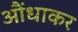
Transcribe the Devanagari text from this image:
औंधाकर